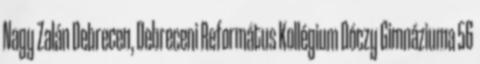
Nagy Zalán Debrecen, Debreceni Református Kollégium Dóczy Gimnáziuma 56